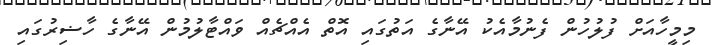
މިމީހާއަށް ފުލުހުން ފެނުމާއެކު އޭނާގެ އަތުގައި އޮތް އެއްޗެއް ވައްޓާލުުމުން އޭނާގެ ހާޟިރުގައި